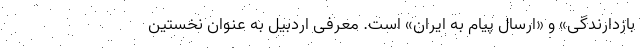
بازدارندگی» و «ارسال پیام به ایران» است. معرفی اردبیل به عنوان نخستین